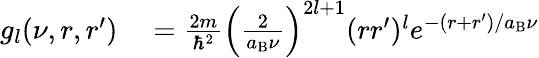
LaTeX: \begin{array}{rl}{g_{l}(\nu,r,r^{\prime})}&{{}=\frac{2m}{\hbar^{2}}\left(\frac{2}{a_{\mathrm{B}}\nu}\right)^{2l+1}(rr^{\prime})^{l}e^{-(r+r^{\prime})/a_{\mathrm{B}}\nu}}\end{array}